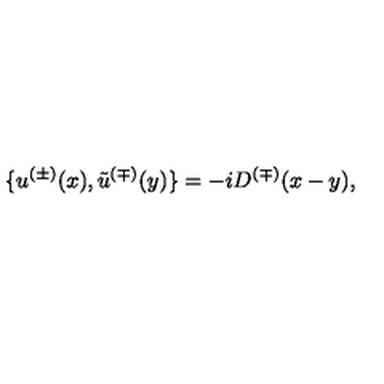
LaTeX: \{ u ^ { ( \pm ) } ( x ) , \tilde { u } ^ { ( \mp ) } ( y ) \} = - i D ^ { ( \mp ) } ( x - y ) ,